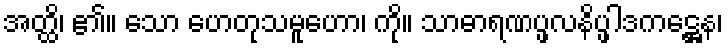
အတ္ထိ၊ ၏။ သော ဟေတုသမူဟော၊ ကို။ သာဓာရဏပ္ဖလနိပ္ဖါဒကဋ္ဌေန၊